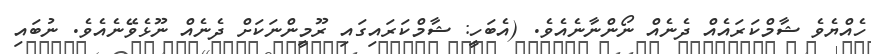
ހެއްޔެވެ ޝާމްކަރައެއް ދެނެއް ނޯންނާނެއެވެ. (އެބަހީ: ޝާމްކަރައިގައި ރޫމީންނަކަށް ދެނެއް ނޫޅެވޭނެއެވެ. ނުބައި